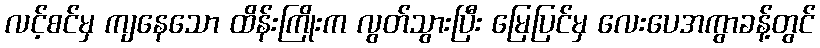
လင့်စင်မှ ကျနေသော ထိန်းကြိုးက လွတ်သွားပြီး မြေပြင်မှ လေးပေအကွာခန့်တွင်